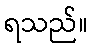
ရသည်။